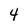
Character: 4